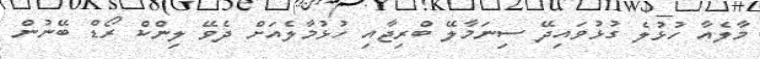
މާލެއާ ހުޅުލެ ގުޅުވައިދޭ ސިނަމާލޭ ބްރިޖާއި ހުޅުމާލެއަށް ދެވޭ ލިންކް ރޯޑް ބޭނުން